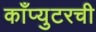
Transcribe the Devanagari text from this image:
काँप्युटरची